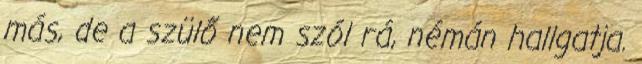
más, de a szülő nem szól rá, némán hallgatja.